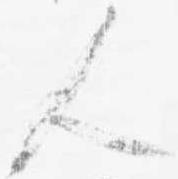
人